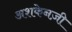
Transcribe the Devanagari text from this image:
अशकेनज़ी